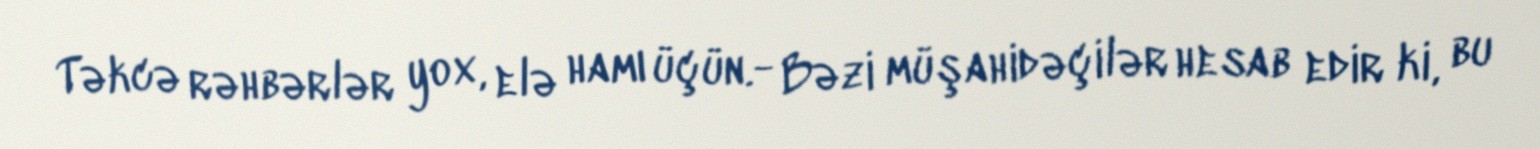
Təkcə rəhbərlər yox, elə hamı üçün.- Bəzi müşahidəçilər hesab edir ki, bu